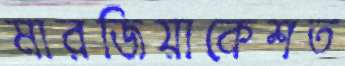
মারজিয়াকেশত